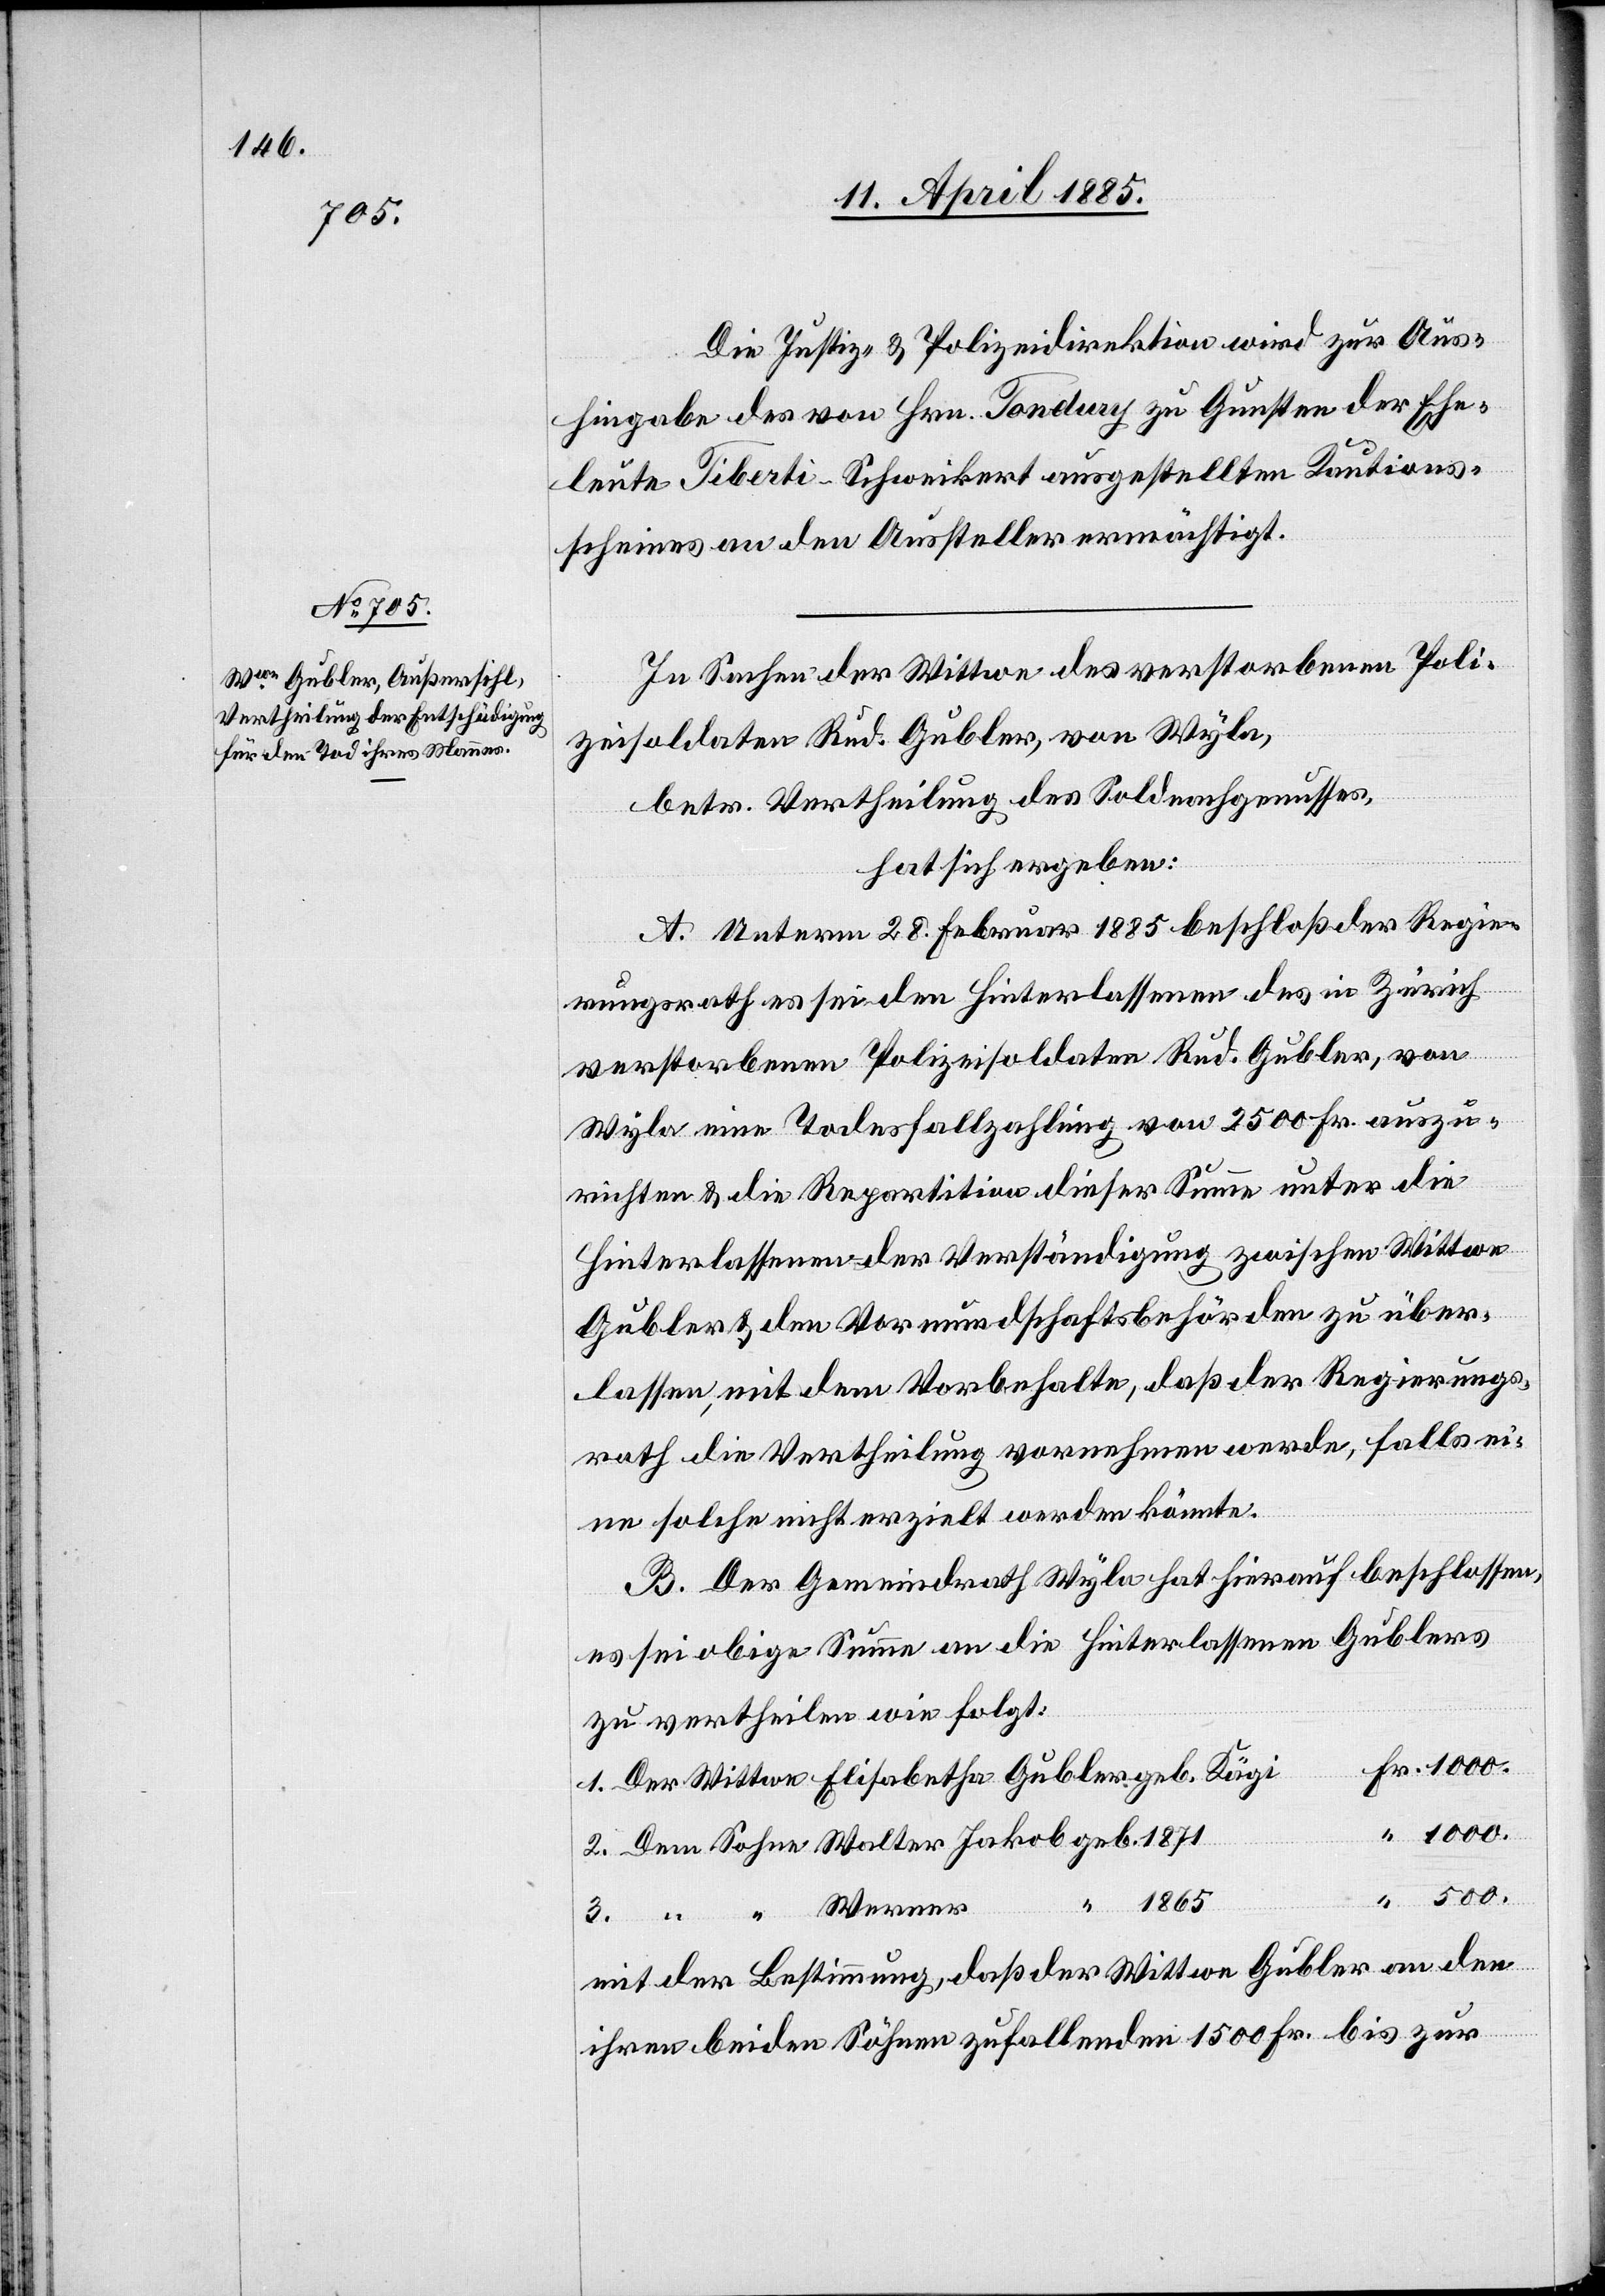
500.

Die Justiz- & Polizeidirektion wird zur Aus¬
hingabe des von Hrn. Töndury zu Gunsten der Ehe¬
leute Tiberti-Schweikert ausgestellten Kautions¬
scheines an den Aussteller ermächtigt.
In Sachen der Wittwe des verstorbenen Poli¬
zeisoldaten Rud. Gubler, von Wyla,
betr. Vertheilung des Soldnachgenusses,
hat sich ergeben:
A. Unterm 28. Februar 1885 beschloß der Regie¬
rungsrath es sei den Hinterlassenen des in Zürich
verstorbenen Polizeisoldaten Rud. Gubler, von
Wyla eine Todesfallzahlung von 2500 Fr. auszu¬
richten & die Repartition dieser Summe unter die
Hinterlassenen der Verständigung zwischen Wittwe
Gubler & den Vormundschaftsbehörden zu über¬
lassen, mit dem Vorbehalte, daß der Regierungs¬
rath die Vertheilung vornehmen werde, falls ei¬
ne solche nicht erzielt werden könnte.
B. Der Gemeindrath Wyla hat hierauf beschlossen,
es sei obige Summe an die Hinterlassenen Gublers
zu vertheilen wie folgt:
1000.
1865
geb.
Werner
“
mit der Bestimmung, daß der Wittwe Gubler an den
ihren beiden Söhnen zufallenden 1500 Fr. bis zur